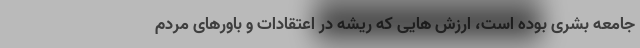
جامعه بشری بوده است، ارزش هايی که ریشه در اعتقادات و باورهای مردم